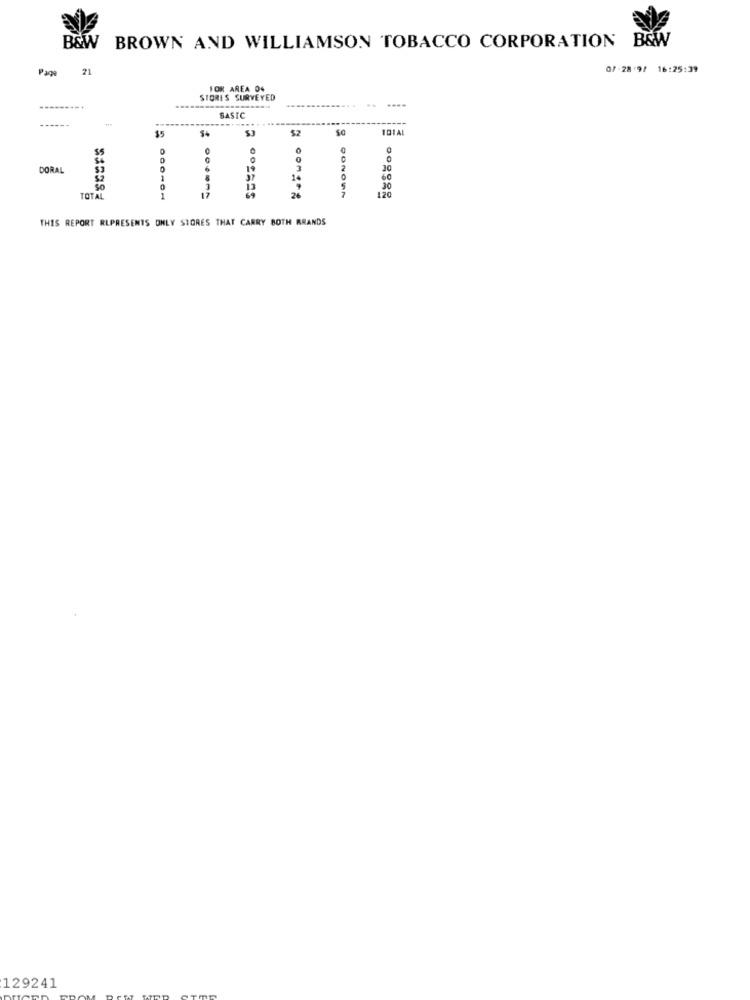
B&W
BROWN AND WILLIAMSON TOBACCO CORPORATION B&W
Page
21
07-28'9/ 16:25:39
FOR AREA 04
STORES SURVEYED
----
SASIC
$5
$2
0
0
55
0
DORAL
6
19
3
30
1
14
60
002057
30
1
17
26
120
THIS REPORT RLPRESENTS ONLY STORES THAT CARRY BOTH BRANDS
129241